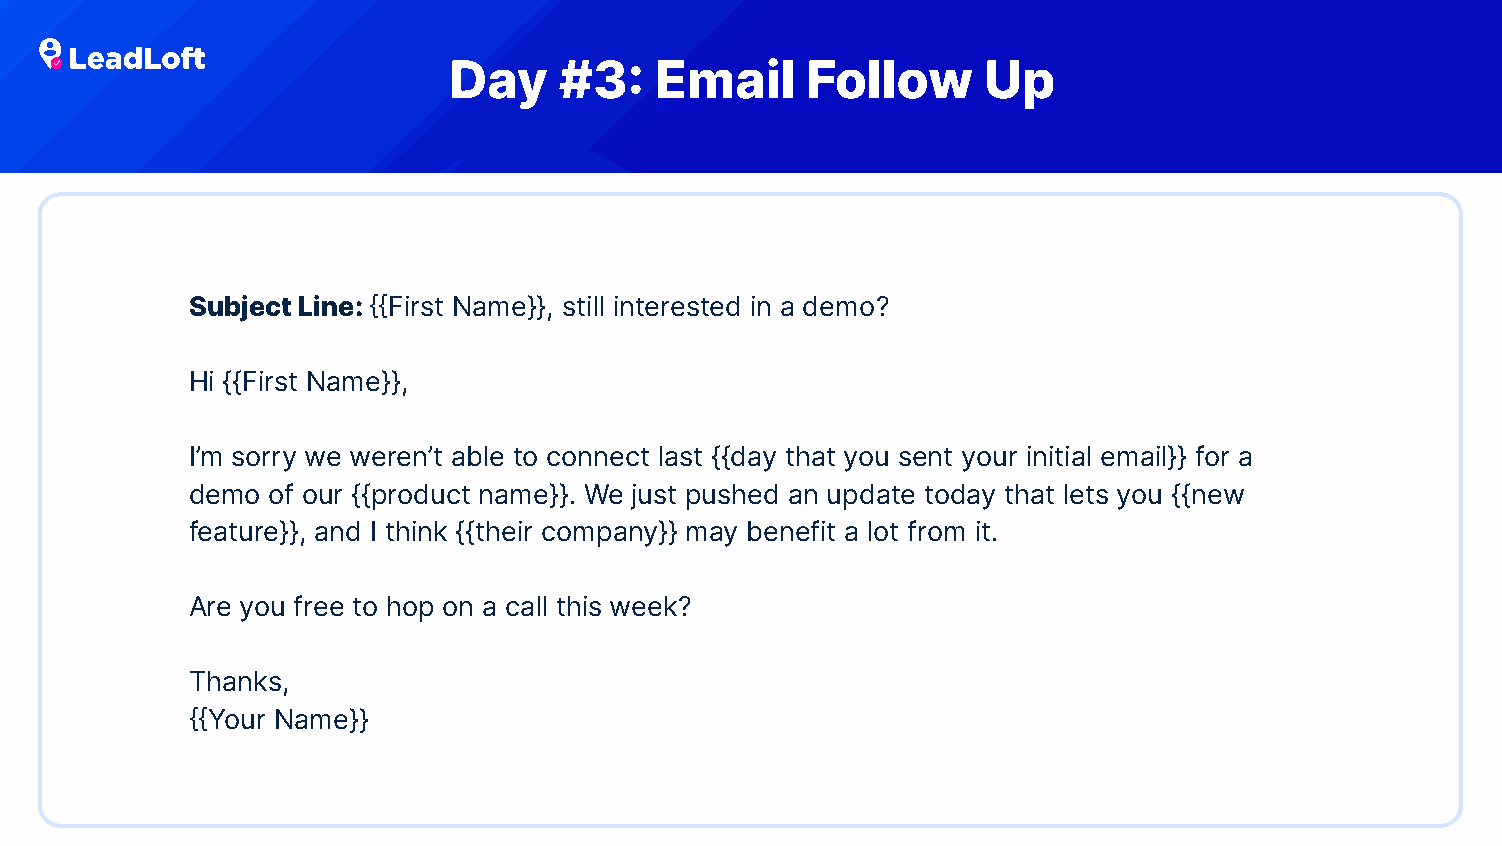
Day    #3:   Email     Follow      Up
 Subject Line: {{First Name}}, still interested in a demo?
 Hi {{First Name}},
 I’m sorry we weren’t able to connect last {{day that you sent your initial email}} for a
 demo of our {{product name}}. We just pushed an update today that lets you {{new
 feature}}, and I think {{their company}} may benefit a lot from it.
 Are you free to hop on a call this week?
 Thanks,
 {{Your Name}}